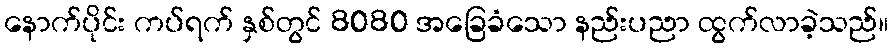
နောက်ပိုင်း ကပ်ရက် နှစ်တွင် 8080 အခြေခံသော နည်းပညာ ထွက်လာခဲ့သည်။